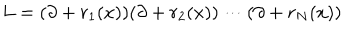
LaTeX: L = ( \partial + r _ { 1 } ( x ) ) ( \partial + r _ { 2 } ( x ) ) \cdots ( \partial + r _ { N } ( x ) )